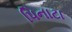
પિનાટા